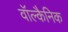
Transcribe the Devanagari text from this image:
वॉल्कैनिक